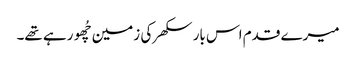
میرے قدم اس بار سکھر کی زمین چُھو رہے تھے۔